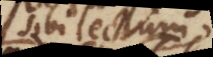
sibi lectum,